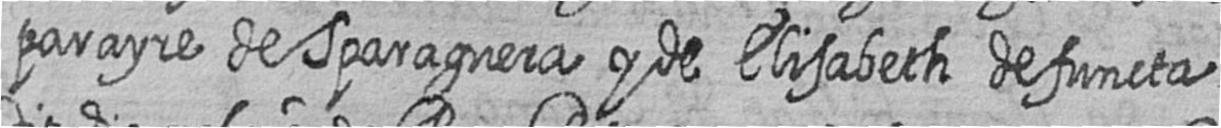
parayre de Sparaguera y de Elisabeth defuncta